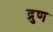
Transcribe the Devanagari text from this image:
द्रुण